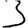
Digit: 3